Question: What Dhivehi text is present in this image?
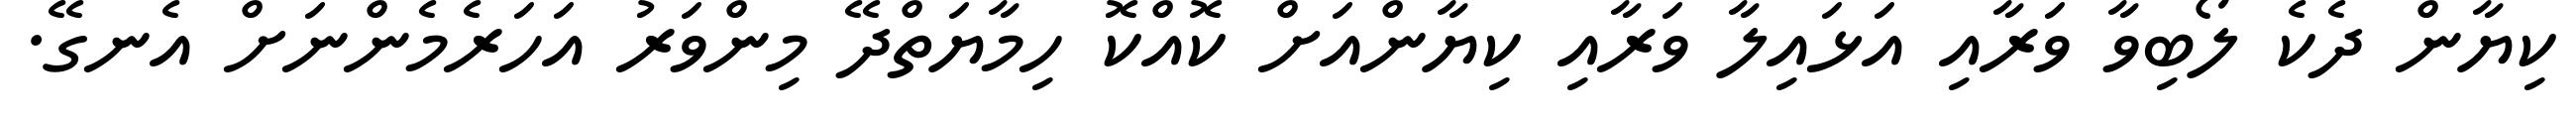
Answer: ކިޔާން ދެކެ ލޯބިވާ ވަރާއި އަޅައިލާ ވަރާއި ކިޔާންއަށް ކޮއްކޮ ހިމާޔަތްދޭ މިންވަރު އަހަރެމެންނަށް އެނގޭ.